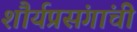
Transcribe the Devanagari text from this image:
शौर्यप्रसंगांची